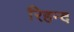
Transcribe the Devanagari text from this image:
रिहन्‍द